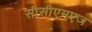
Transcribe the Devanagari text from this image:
सीसीएमएज